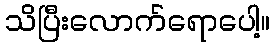
သိပြီးလောက်ရောပေါ့။